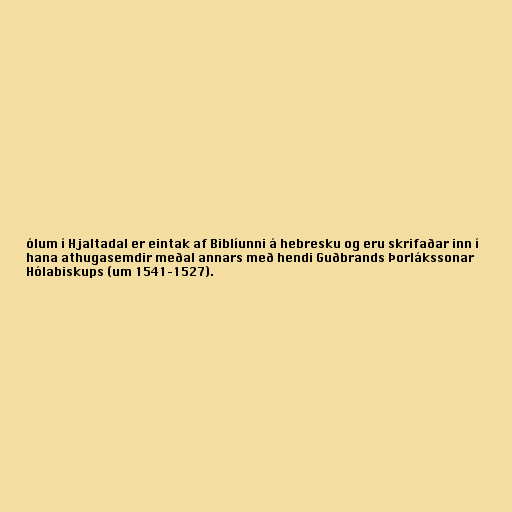
ólum í Hjaltadal er eintak af Biblíunni á hebresku og eru skrifaðar inn í
hana athugasemdir meðal annars með hendi Guðbrands Þorlákssonar
Hólabiskups (um 1541–1527).